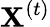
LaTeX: \mathbf{X}^{(t)}